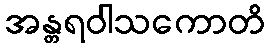
အန္တရဝါသကောတိ